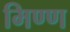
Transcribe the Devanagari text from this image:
मिण्ण